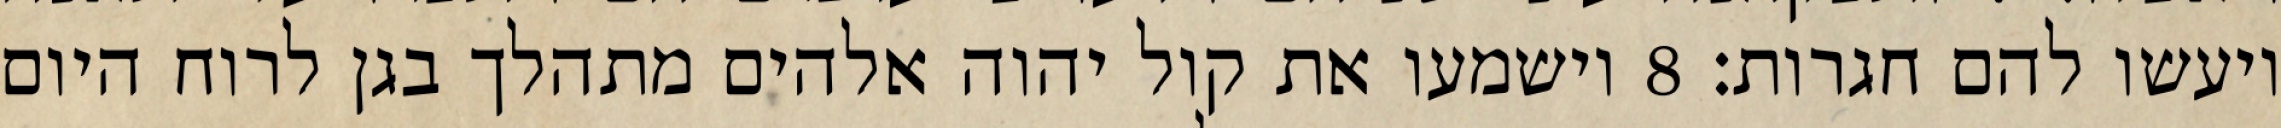
ויעשו להם חגרות׃ ‎8‏ וישמעו את קול יהוה אלהים מתהלך בגן לרוח היום